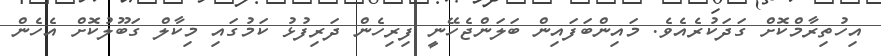
އިހުތިރާމްކޮށް ގަދަކުރެއެވެ. މައިންބަފައިން ބަލަންޖެހޭނީ ފިރިހެން ދަރިފުޅު ކަމުގައި މިކާލް ގަބޫލުކޮށް އެހެން